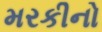
મરકીનો